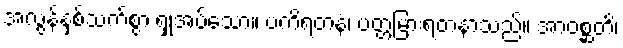
အလွန်နှစ်သက်စွာ ရှုအပ်သော။ ပကိရတနံ၊ ပတ္တမြားရတနာသည်။ အာဝစ္ဆတိ၊